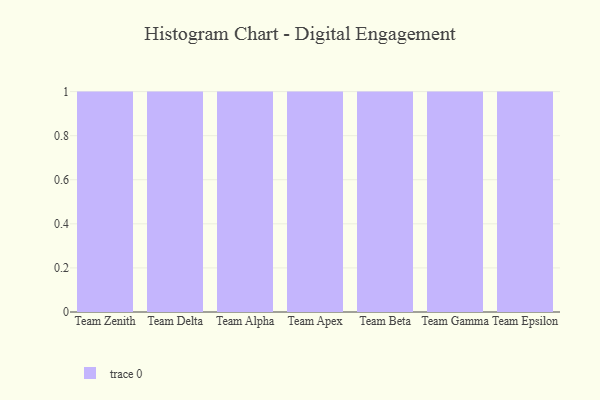
{"axis": {"x": "Team", "y": "Temperature (°C)"}, "legend": [""], "data": [{"x": "Team Zenith", "y": 37, "type": ""}, {"x": "Team Delta", "y": 28, "type": ""}, {"x": "Team Alpha", "y": 27, "type": ""}, {"x": "Team Apex", "y": 26, "type": ""}, {"x": "Team Beta", "y": 51, "type": ""}, {"x": "Team Gamma", "y": 37, "type": ""}, {"x": "Team Epsilon", "y": 50, "type": ""}]}